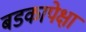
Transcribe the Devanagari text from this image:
बडकापेक्षा